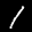
Label: 1